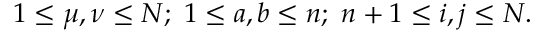
1 \leq \mu , \nu \leq N ; \ 1 \leq a , b \leq n ; \ n + 1 \leq i , j \leq N .